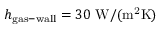
h _ { \mathrm { g a s - w a l l } } = 3 0 \ \mathrm { W / ( m ^ { 2 } K ) }